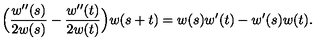
\Bigl ( { \frac { w ^ { \prime \prime } ( s ) } { 2 w ( s ) } } - { \frac { w ^ { \prime \prime } ( t ) } { 2 w ( t ) } } \Bigr ) w ( s + t ) = w ( s ) w ^ { \prime } ( t ) - w ^ { \prime } ( s ) w ( t ) .